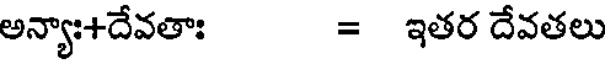
అన్యాః+దేవతాః = ఇతర దేవతలు